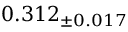
0 . 3 1 2 _ { \pm 0 . 0 1 7 }